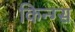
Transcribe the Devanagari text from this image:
किन्ग्स